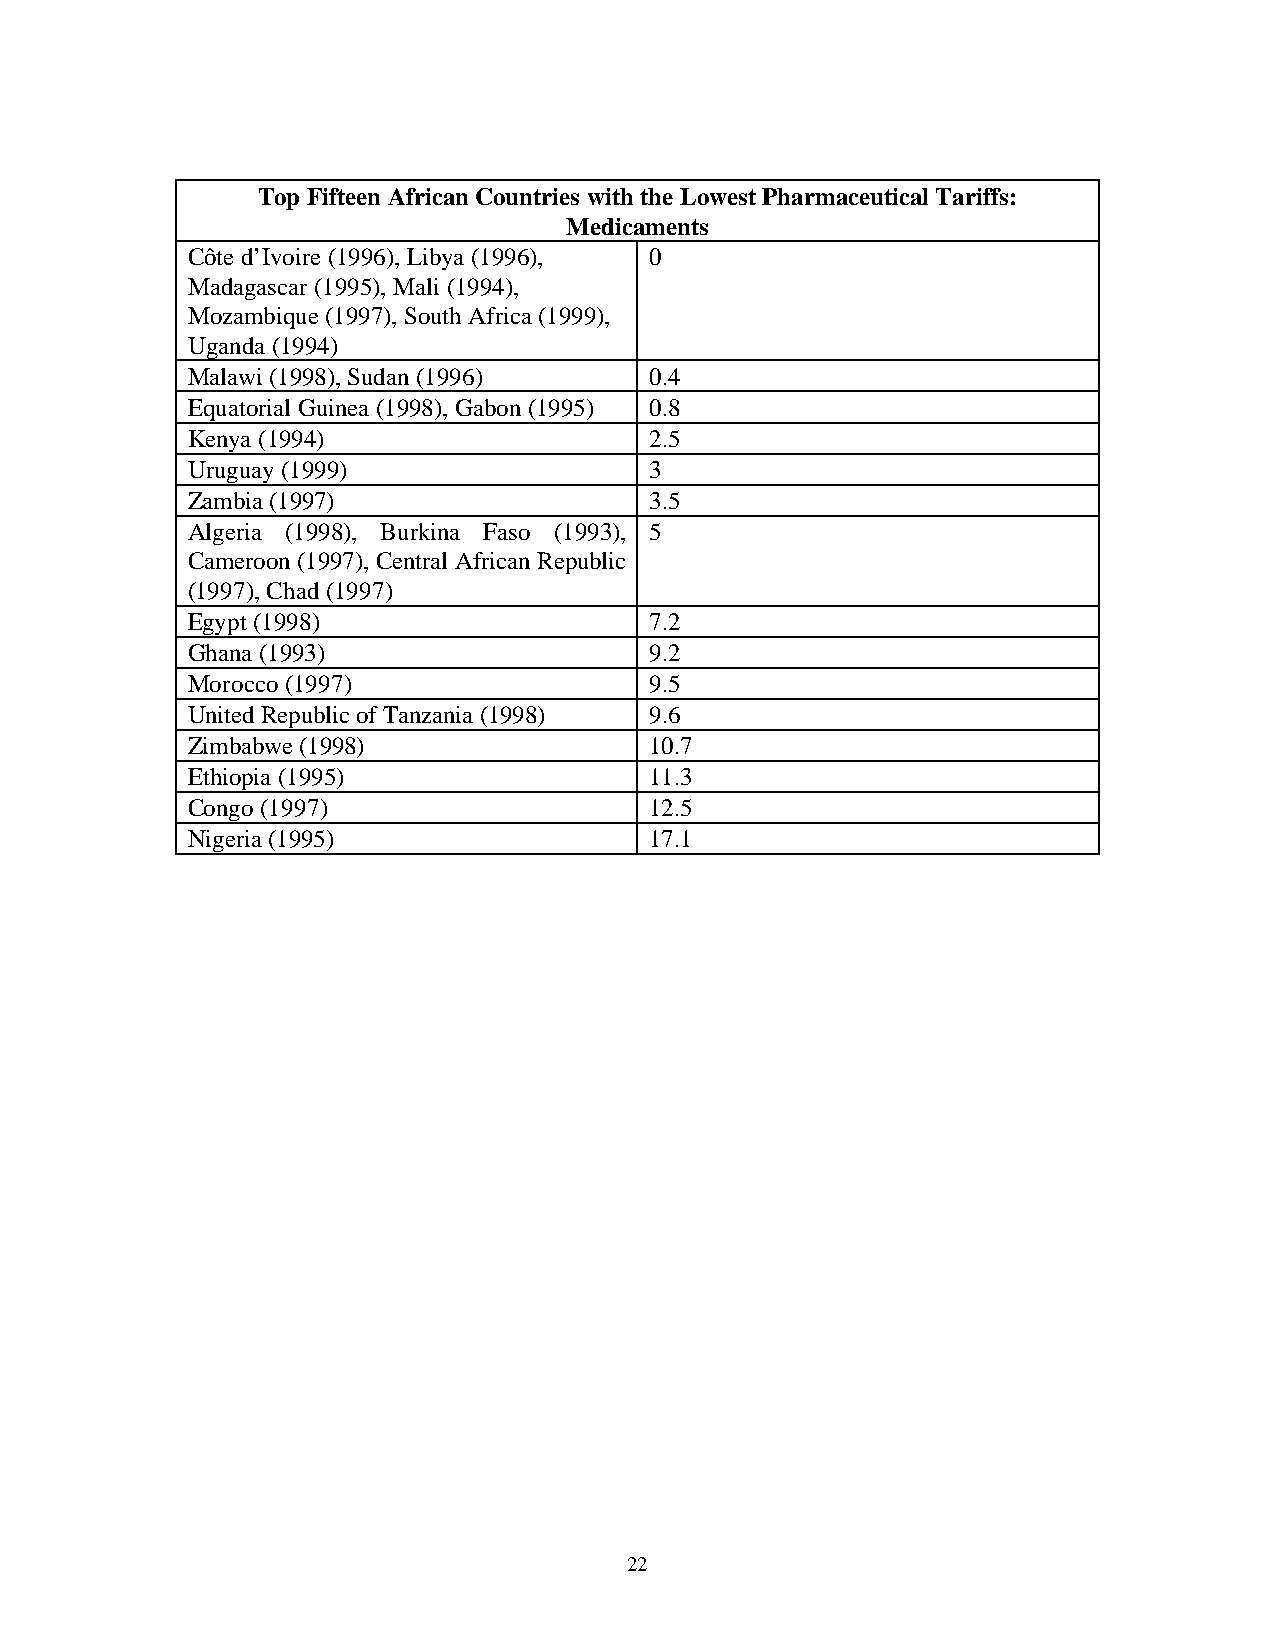
Top Fifteen African Countries with the Lowest Pharmaceutical Tariffs:
 Medicaments
 Côte d’Ivoire (1996), Libya (1996), 0
 Madagascar (1995), Mali (1994),
 Mozambique (1997), South Africa (1999),
 Uganda (1994)
 Malawi (1998), Sudan (1996)    0.4
 Equatorial Guinea (1998), Gabon (1995) 0.8
 Kenya (1994)                   2.5
 Uruguay (1999)                 3
 Zambia (1997)                  3.5
 Algeria (1998), Burkina Faso (1993), 5
 Cameroon (1997), Central African Republic
 (1997), Chad (1997)
 Egypt (1998)                   7.2
 Ghana (1993)                   9.2
 Morocco (1997)                 9.5
 United Republic of Tanzania (1998) 9.6
 Zimbabwe (1998)                10.7
 Ethiopia (1995)                11.3
 Congo (1997)                   12.5
 Nigeria (1995)                 17.1
 22